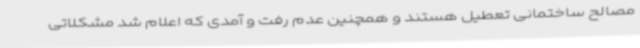
مصالح ساختمانی تعطیل هستند و همچنین عدم رفت و آمدی که اعلام شد مشکلاتی